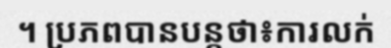
។ ប្រភពបានបន្តថា៖ការលក់